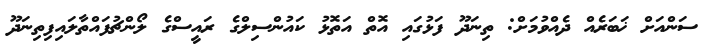
ސަންއަށް ޚަބަރެއް ދެއްވުމަށް: ތިނަދޫ ފަޅުގައި އޮތް އަތޮޅު ކައުންސިލްގެ ރައީސްގެ ލޯންޗުފައްތާލައިފިތިނަދޫ